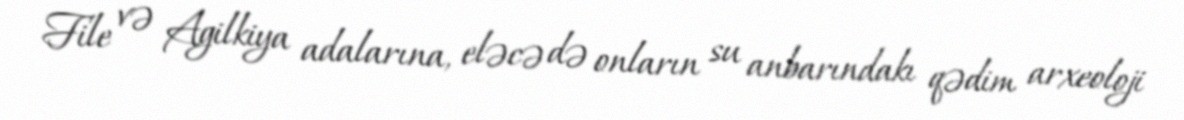
File və Agilkiya adalarına, eləcə də onların su anbarındakı qədim arxeoloji